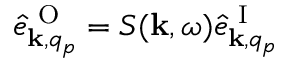
\hat { e } _ { { \bf k } , q _ { p } } ^ { \mathrm { ~ O ~ } } = S ( { \bf k } , \omega ) \hat { e } _ { { \bf k } , q _ { p } } ^ { \mathrm { ~ I ~ } }